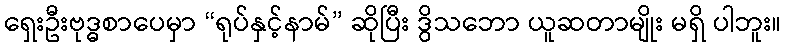
ရှေးဦးဗုဒ္ဓစာပေမှာ “ရုပ်နှင့်နာမ်” ဆိုပြီး ဒွိသဘော ယူဆတာမျိုး မရှိ ပါဘူး။